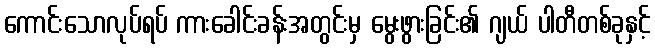
ကောင်းသောလုပ်ရပ် ကားခေါင်းခန်းအတွင်းမှ မွေးဖွားခြင်း၏ ဂျယ် ပါတီတစ်ခုနှင့်